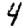
Digit: 4